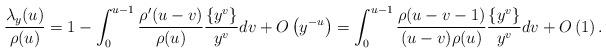
LaTeX: \begin{align*} \frac{\lambda_y(u)}{\rho(u)} = 1 - \int_{0}^{u-1} \frac{\rho'(u-v)}{\rho(u)} \frac{\{y^v\}}{y^v} dv+ O\left( y^{-u}\right)= \int_{0}^{u-1} \frac{\rho(u-v-1)}{(u-v)\rho(u)} \frac{\{y^v\}}{y^v} dv+ O\left(1\right).\end{align*}